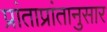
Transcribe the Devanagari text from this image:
प्रांताप्रांतानुसार